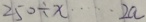
2 5 0 \div x \cdots 2 a